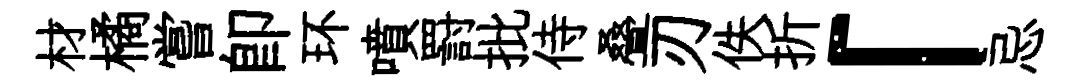
材橘嘗即环噴罸批侍叠刃佚折「忌